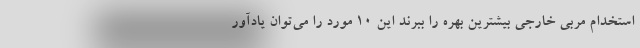
استخدام مربی خارجی بیشترین بهره را ببرند این 10 مورد را می‌توان یادآور